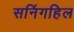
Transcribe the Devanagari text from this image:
सनिंगहिल